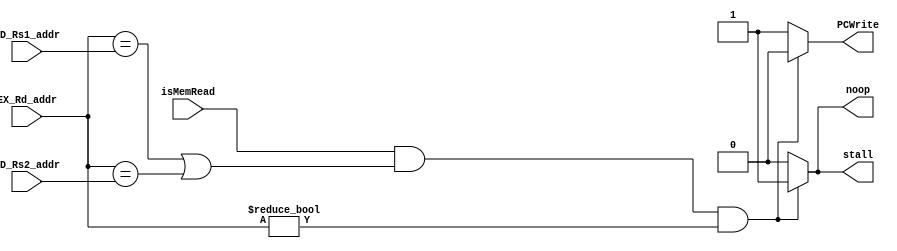
module HDU(
    isMemRead,
    EX_Rd_addr,
    ID_Rs1_addr,
    ID_Rs2_addr,

    noop,
    stall,
    PCWrite
);
    input isMemRead;
    input [4:0] EX_Rd_addr;
    input [4:0] ID_Rs1_addr;
    input [4:0] ID_Rs2_addr;

    output reg noop; 
    output reg stall;
    output reg PCWrite;


    always@(*) begin
        noop = 1'b0;
        stall = 1'b0;
        PCWrite = 1'b1;

        if(isMemRead &&(EX_Rd_addr == ID_Rs1_addr || EX_Rd_addr == ID_Rs2_addr) && (EX_Rd_addr != 0)) begin
            noop = 1'b1;
            stall = 1'b1;
            PCWrite = 1'b0;
        end
    end


    // always@(*) begin
    //     if(noop == 1 && stall == 1 && PCWrite == 0) begin
    //             noop <= 1'b0;
    //             stall <= 1'b0;
    //             PCWrite <= 1'b1;
    //             $display("here");
    //     end 
    //     else if(isMemRead) begin
    //         if(EX_Rd_addr == 0) begin 
    //             noop <= 1'b0;
    //             stall <= 1'b0;
    //             PCWrite <= 1'b1;
    //         end
    //         else if(EX_Rd_addr == ID_Rs1_addr || EX_Rd_addr == ID_Rs2_addr) begin
    //             noop <= 1'b1;
    //             stall <= 1'b1;
    //             PCWrite <= 1'b0;
    //         end
    //     end
    //     else begin
    //         noop <= 1'b0;
    //         stall <= 1'b0;
    //         PCWrite <= 1'b1;
    //     end
    // end

endmodule